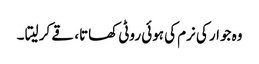
وہ جوار کی نرم کی ہوئی روٹی کھاتا، قے کر لیتا ۔